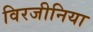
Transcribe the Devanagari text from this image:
विरजीनिया